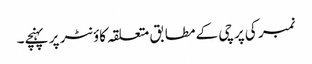
نمبر کی پرچی کے مطابق متعلقہ کاؤنٹر پر پہنچے۔